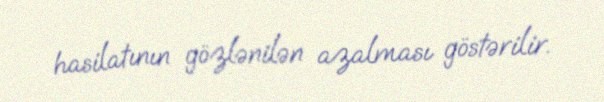
hasilatının gözlənilən azalması göstərilir.